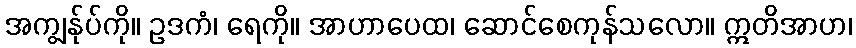
အကျွန်ုပ်ကို။ ဥဒကံ၊ ရေကို။ အာဟာပေထ၊ ဆောင်စေကုန်သလော။ ဣတိအာဟ၊